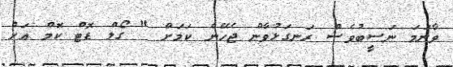
ވާނަމަ ނަސީބުވެސް ރަނގަޅުވާން ޖެހޭނެ ކަމަށް " ގޯލް ޑޮޓް ކޮމް އަށް